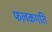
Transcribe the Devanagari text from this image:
फलकगति